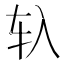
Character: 𰹰